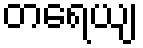
တရေယျ